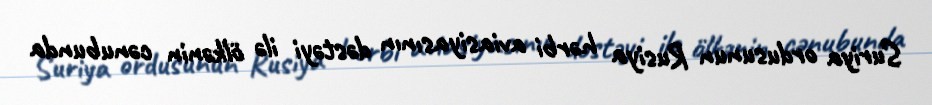
Suriya ordusunun Rusiya hərbi aviasiyasının dəstəyi ilə ölkənin cənubunda